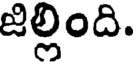
జిల్లింది.